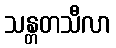
သန္တတသီလာ